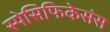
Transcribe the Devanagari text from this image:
स्पेसिफिकेसंस